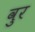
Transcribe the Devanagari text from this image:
वुर